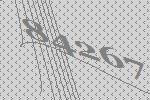
84267